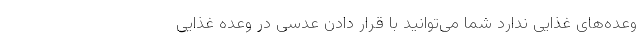
وعده‌های غذایی ندارد شما می‌توانید با قرار دادن عدسی در وعده غذایی